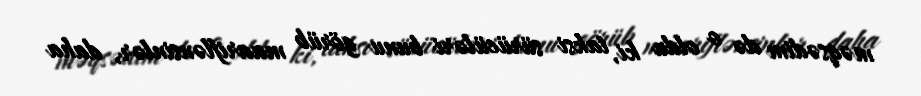
məqsədim də o oldu ki, taksi sürücüləri bunu görüb maariflənsinlər, daha